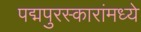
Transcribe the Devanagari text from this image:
पद्मपुरस्कारांमध्ये